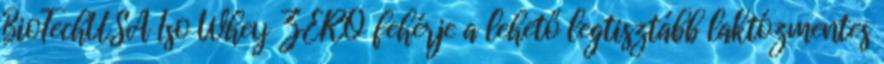
BioTechUSA Iso Whey ZERO fehérje a lehető legtisztább laktózmentes